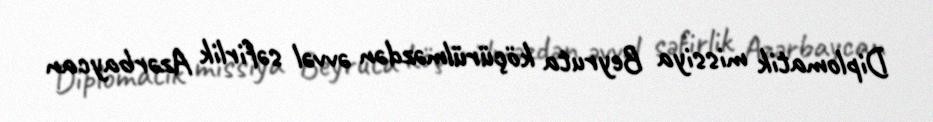
Diplomatik missiya Beyruta köçürülməzdən əvvəl səfirlik Azərbaycan